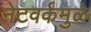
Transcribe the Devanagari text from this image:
नेटवर्कमुळे